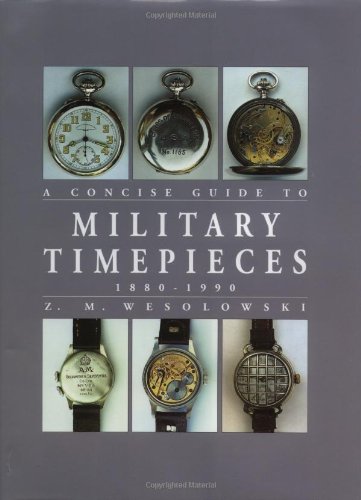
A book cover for The Concise Guide to Military Timepieces 1880-1990; Z Wesolowski; Crafts, Hobbies & Home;